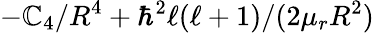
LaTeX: -\mathbb{C}_{4}/R^{4}+\hbar^{2}\ell(\ell+1)/(2\mu_{r}R^{2})